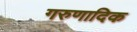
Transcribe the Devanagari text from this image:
गरुणादिक